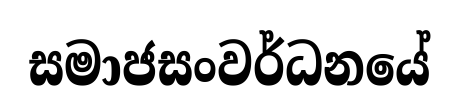
සමාජසංවර්ධනයේ